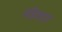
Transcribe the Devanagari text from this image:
षोडशार